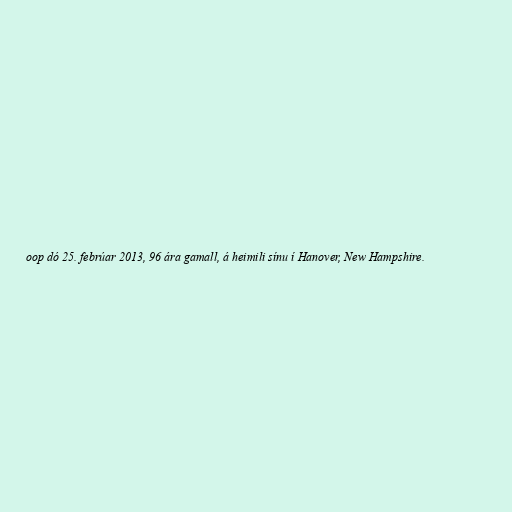
oop dó 25. febrúar 2013, 96 ára gamall, á heimili sínu í Hanover, New Hampshire.